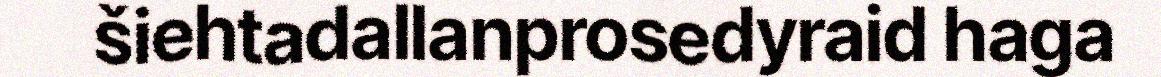
šiehtadallanprosedyraid haga